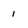
Character: 1